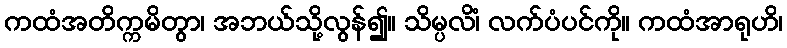
ကထံအတိက္ကမိတွာ၊ အဘယ်သို့လွန်၍။ သိမ္ပလိံ၊ လက်ပံပင်ကို။ ကထံအာရုဟိ၊